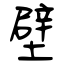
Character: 壁